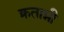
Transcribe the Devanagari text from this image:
क्रताग्नी